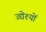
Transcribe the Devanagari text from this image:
उद्येश्यों